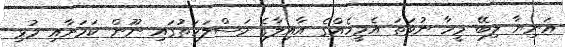
އަނިޔާ ލިބޭ މީހާ ނުވަތަ އެމީހެއްގެ އާއިލާގެ މަސްލަހަތުގައި ނޫން ކަމަށާއި މުޅި